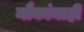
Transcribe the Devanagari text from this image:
नौकांनाही